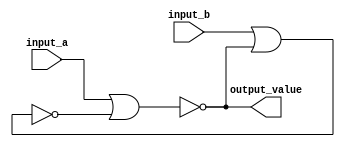
module rs_latch (input_a, input_b, output_value);

initial begin
    $display("*************************");
    $display("rs_latch");
    $display("*************************");
end

  input input_a;
  input input_b;
  output output_value;

  wire nor_a;
  wire nor_b;

  nor u1 (nor_a, input_a, nor_b);
  nor u2 (nor_b, input_b, nor_a);

  assign output_value = nor_a;


endmodule